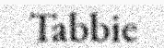
Tabbie